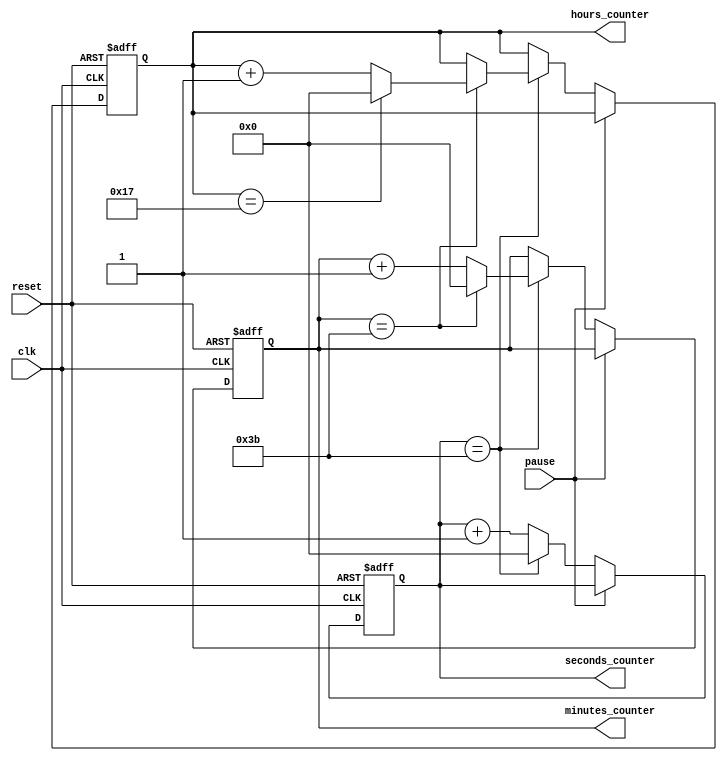
module timer (
    input clk,
	 input pause,  //SW[8]
    input reset,  //SW[9] 
    output reg [6:0] seconds_counter,
    output reg [6:0] minutes_counter,
    output reg [6:0] hours_counter
);

//timer function-goes up
    always @(posedge clk or negedge reset) begin //when alarm mode is pressed everything is zero 
        if (~reset) begin 
		  
            seconds_counter <= 7'b0;
            minutes_counter <= 7'b0;
            hours_counter <= 7'b0;
        end else if (~pause) begin
		  
            if (seconds_counter == 7'd59) begin
                seconds_counter <= 7'b0;
                if (minutes_counter == 7'd59) begin
                    minutes_counter <= 7'b0;
                    if (hours_counter == 7'd23) begin
                        hours_counter <= 7'b0;
                    end else begin
                        hours_counter <= hours_counter + 1;
                    end
                end else begin
                    minutes_counter <= minutes_counter + 1;
                end
            end else begin
                seconds_counter <= seconds_counter + 1;
            end
        end
    end
endmodule